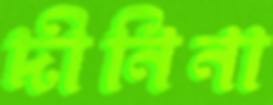
দীনিনা